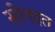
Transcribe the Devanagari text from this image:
सोनहत